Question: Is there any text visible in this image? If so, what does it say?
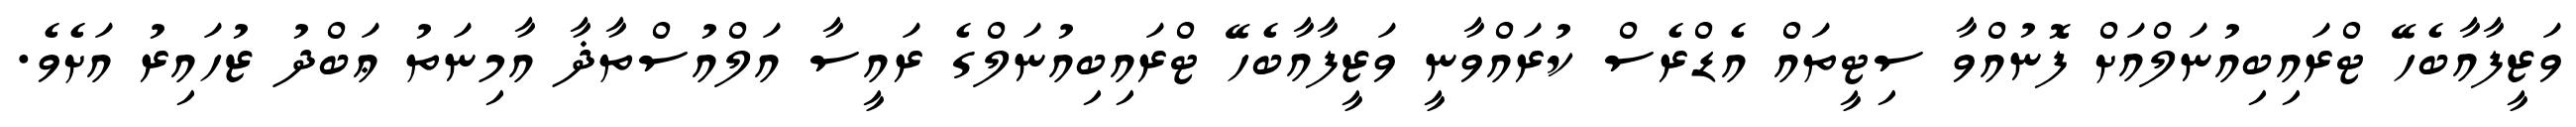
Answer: ވަޒީފާއާބެހޭ ޓްރައިބިއުނަލްއަށް ފޮނުއްވާ ސިޓީތައް އެޑްރެސް ކުރައްވާނީ ވަޒީފާއާބެހޭ ޓްރައިބިއުނަލްގެ ރައީސާ އަލްއުސްތާޛާ އާމިނަތު ޢަބްދު ޒުހައިރު އަށެވެ.